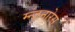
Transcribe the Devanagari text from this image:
म्न्ज़नारेस